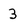
Character: 3